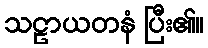
သဠာယတနံ ပြီး၏။